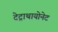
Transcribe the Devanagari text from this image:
टेट्राथायोनेट